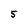
Character: 5